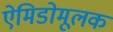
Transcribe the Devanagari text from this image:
ऐमिडोमूलक